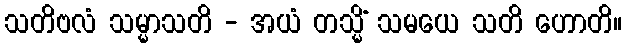
သတိဗလံ သမ္မာသတိ - အယံ တသ္မိံ သမယေ သတိ ဟောတိ။